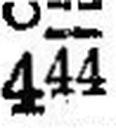
444